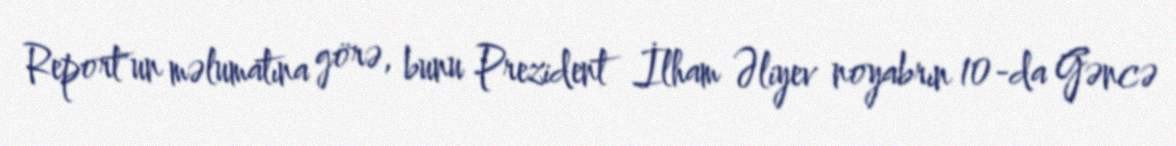
Report"un məlumatına görə, bunu Prezident İlham Əliyev noyabrın 10-da Gəncə